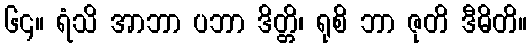
၆၄။ ရံသိ အာဘာ ပဘာ ဒိတ္တိ၊ ရုစိ ဘာ ဇုတိ ဒီဓိတိ။